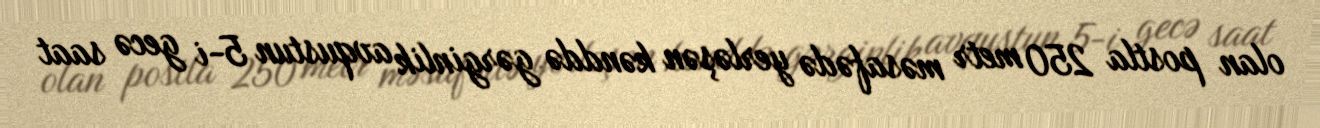
olan postla 250 metr məsafədə yerləşən kənddə gərginlik avqustun 5-i gecə saat